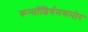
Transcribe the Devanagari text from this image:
कन्सॉशिर्यमसमोर